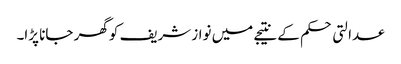
عدالتی حکم کے نتیجے میں نواز شریف کو گھر جانا پڑا۔